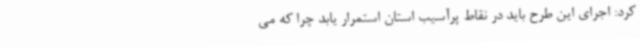
کرد: اجرای این طرح باید در نقاط پرآسیب استان استمرار یابد چرا که می